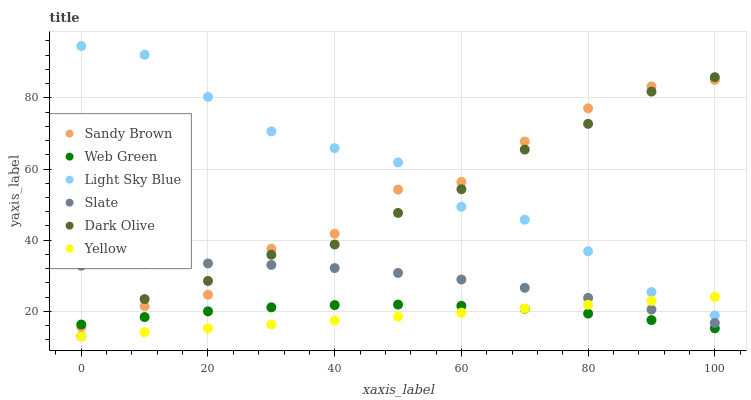
| xaxis_label | Sandy Brown | Web Green | Light Sky Blue | Slate | Dark Olive | Yellow |
 | --- | --- | --- | --- | --- | --- | --- |
 | 0 | 15.6 | 16.3 | 94.6 | 32.8 | 13 | 13 |
 | 10 | 21.5 | 18.4 | 92.1 | 33.4 | 23.4 | 14.1 |
 | 20 | 24.7 | 20 | 80.3 | 33.5 | 28.5 | 15.2 |
 | 30 | 37.6 | 21.1 | 70.6 | 33.1 | 35.9 | 16.3 |
 | 40 | 41.8 | 21.8 | 65.9 | 32.2 | 38.8 | 17.4 |
 | 50 | 54.2 | 21.9 | 61.9 | 30.8 | 47.7 | 18.5 |
 | 60 | 56.4 | 21.5 | 49.4 | 28.9 | 54.3 | 19.6 |
 | 70 | 67.7 | 20.7 | 45.7 | 26.6 | 65.5 | 20.7 |
 | 80 | 77 | 19.4 | 36.9 | 23.8 | 72.7 | 21.9 |
 | 90 | 83.2 | 17.5 | 25.4 | 20.5 | 81.8 | 23 |
 | 100 | 85 | 15.2 | 18.8 | 16.7 | 85.8 | 24.1 |